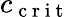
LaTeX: c_{\mathrm{~c~r~i~t~}}